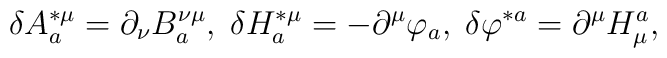
\delta A_{a}^{*\mu }=\partial _{\nu }B_{a}^{\nu \mu },\;\delta H_{a}^{*\mu}=-\partial ^{\mu }\varphi _{a},\;\delta \varphi ^{*a}=\partial ^{\mu}H_{\mu }^{a},